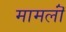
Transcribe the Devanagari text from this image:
मामलॊं